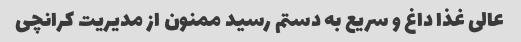
عالی غذا داغ و سریع به دستم رسید ممنون از مدیریت کرانچی